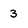
Character: 3